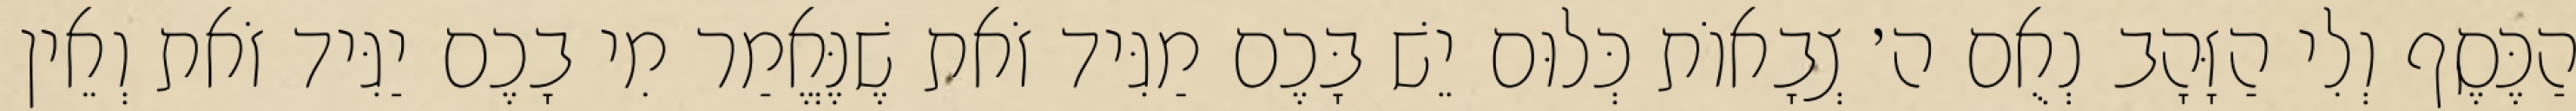
הַכֶּסֶף וְלִי הַזָּהָב נְאֻם ה׳ צְבָאוֹת כְּלוּם יֵשׁ בָּכֶם מַגִּיד זֹאת שֶׁנֶּאֱמַר מִי בָכֶם יַגִּיד זֹאת וְאֵין